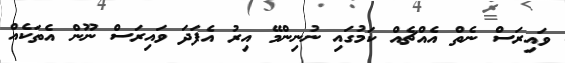
ވައިރަސް ނެތް އެއްޗެއް ކަމުގައި ނުނިންމޭ އިރު އެފަދަ ވައިރަސް ނޫން އެތަކެއް